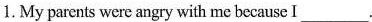
1. My parents were angry with me because I___.